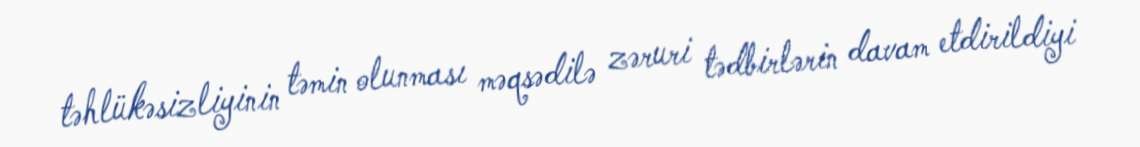
təhlükəsizliyinin təmin olunması məqsədilə zəruri tədbirlərin davam etdirildiyi